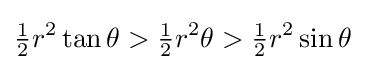
{\tfrac {1}{2}}r^{2}\tan \theta >{\tfrac {1}{2}}r^{2}\theta >{\tfrac {1}{2}}r^{2}\sin \theta